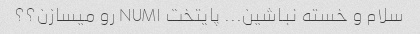
سلام و خسته نباشین... پایتخت NUM۱ رو میسازن؟؟